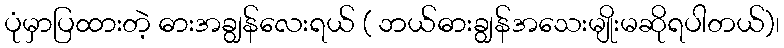
ပုံမှာပြထားတဲ့ ဓားအချွန်လေးရယ် ( ဘယ်ဓားချွန်အသေးမျိုးမဆိုရပါတယ်)၊